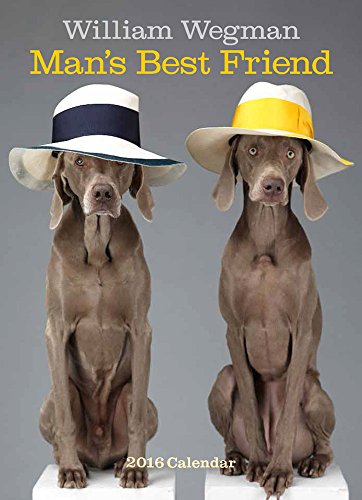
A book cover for William Wegman Man's Best Friend 2016 Wall Calendar; William Wegman; Calendars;